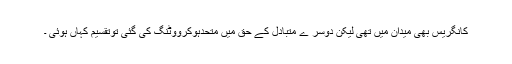
کانگریس بھی میدان میں تھی لیکن دوسر ے متبادل کے حق میں متحدہوکرووٹنگ کی گئی توتقسیم کہاں ہوئی ۔